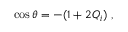
\cos \theta = - ( 1 + 2 Q _ { i } ) ~ ,